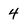
Character: 4